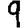
Digit: 9